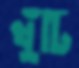
খুঁটি